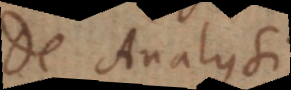
De Analysi